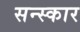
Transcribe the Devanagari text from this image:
सन्स्कार